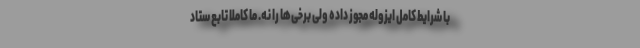
با شرایط کامل ایزوله مجوز داده ولی برخی‌ها را نه. ما کاملا تابع ستاد